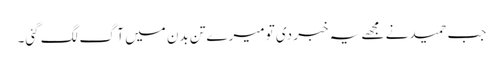
جب حمید نے مجھے یہ خبر دی تو میرے تن بدن میں آگ لگ گئی۔